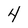
Character: 4